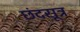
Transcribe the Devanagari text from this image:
छंदसूत्र